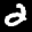
Label: 2